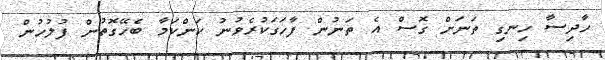
ހާދިސާ ހިނގި ތަނަށް ގޮސް އެ ތަނުން ފާހަގަކުރެވުނު ކަންކަމާ ބެހޭގޮތުން ފުލުހުން